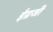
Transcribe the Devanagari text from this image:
ईग्रजी